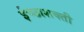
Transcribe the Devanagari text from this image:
ईच्छाशक्ती